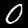
Label: 0